Indian journal of veterinary science and animal husbandry - Volume 5,
Year: 1935
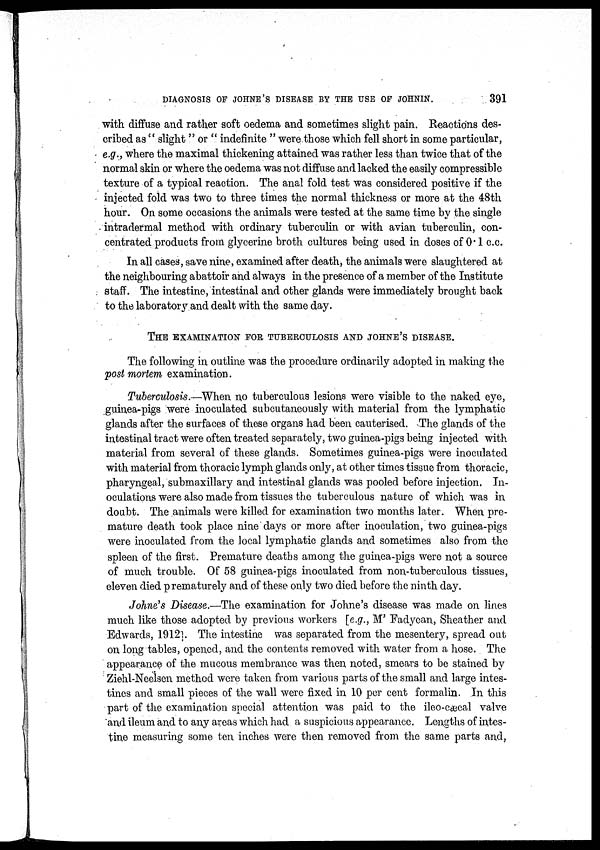
DIAGNOSIS OF JOHNE'S DISEASE BY THE USE OF JOHNIN.
391
with diffuse and rather soft oedema and sometimes slight pain. Reactions des-
cribed as " slight " or " indefinite " were those which fell short in some particular,
e.g., where the maximal thickening attained was rather less than twice that of the
normal skin or where the oedema was not diffuse and lacked the easily compressible
texture of a typical reaction. The anal fold test was considered positive if the
injected fold was two to three times the normal thickness or more at the 48th
hour. On some occasions the animals were tested at the same time by the single
intradermal method with ordinary tuberculin or with avian tuberculin, con-
centrated products from glycerine broth cultures being used in doses of 0.1 c.c.
In all cases, save nine, examined after death, the animals were slaughtered at
the neighbouring abattoir and always in the presence of a member of the Institute
staff. The intestine, intestinal and other glands were immediately brought back
to the laboratory and dealt with the same day.
THE EXAMINATION FOR TUBERCULOSIS AND JOHNE'S DISEASE.
The following in outline was the procedure ordinarily adopted in making the
post mortem examination.
Tuberculosis.—When no tuberculous lesions were visible to the naked eye,
guinea-pigs were inoculated subcutaneously with material from the lymphatic
glands after the surfaces of these organs had been cauterised. The glands of the
intestinal tract were often treated separately, two guinea-pigs being injected with
material from several of these glands. Sometimes guinea-pigs were inoculated
with material from thoracic lymph glands only, at other times tissue from thoracic,
pharyngeal, submaxillary and intestinal glands was pooled before injection. In-
oculations were also made from tissues the tuberculous nature of which was in
doubt. The animals were killed for examination two months later. When pre-
mature death took place nine days or more after inoculation, two guinea-pigs
were inoculated from the local lymphatic glands and sometimes also from the
spleen of the first. Premature deaths among the guinea-pigs were not a source
of much trouble. Of 58 guinea-pigs inoculated from non-tuberculous tissues,
eleven died prematurely and of these only two died before the ninth day.
Johne's Disease.—The examination for Johne's disease was made on lines
much like those adopted by previous workers [e.g., M' Fadyean, Sheather and
Edwards, 1912]. The intestine was separated from the mesentery, spread out
on long tables, opened, and the contents removed with water from a hose. The
appearance of the mucous membrance was then noted, smears to be stained by
Ziehl-Neelsen method were taken from various parts of the small and large intes-
tines and small pieces of the wall were fixed in 10 per cent formalin. In this
part of the examination special attention was paid to the ileo-cæcal valve
and ileum and to any areas which had a suspicious appearance. Lengths of intes-
tine measuring some ten inches were then removed from the same parts and,